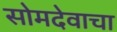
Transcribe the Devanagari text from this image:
सोमदेवाचा